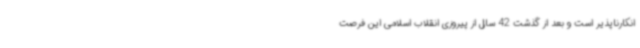
انکارناپذیر است و بعد از گذشت 42 سال از پیروزی انقلاب اسلامی این فرصت